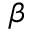
\beta